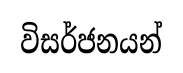
විසර්ජනයන්